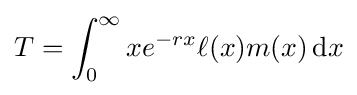
T=\int _{0}^{\infty }xe^{-rx}\ell (x)m(x)\,\mathrm {d} x